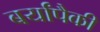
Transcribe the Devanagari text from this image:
बर्यांपैकी